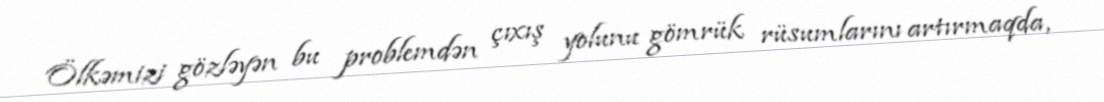
Ölkəmizi gözləyən bu problemdən çıxış yolunu gömrük rüsumlarını artırmaqda,